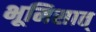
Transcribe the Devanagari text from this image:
भूमिसात्